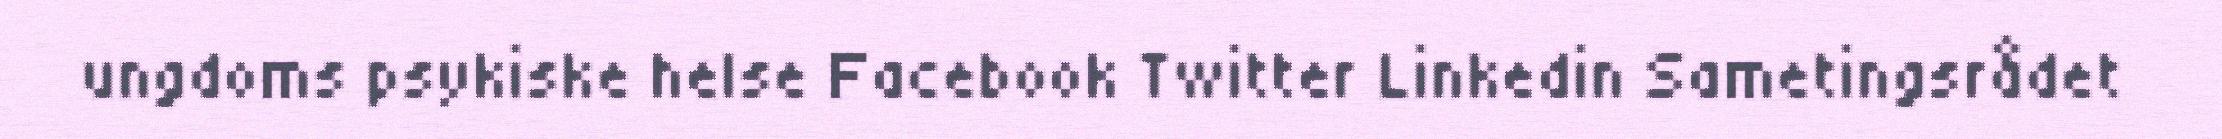
ungdoms psykiske helse Facebook Twitter Linkedin Sametingsrådet